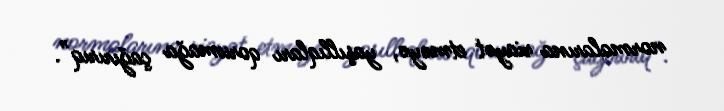
normalarına riayət etməyə, yaşıllıqları qorumağa çağırırıq”.